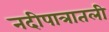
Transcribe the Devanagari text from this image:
नदीपात्रातली